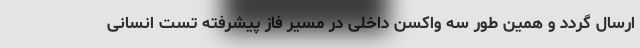
ارسال گردد و همین طور سه واکسن داخلی در مسیر فاز پیشرفته تست انسانی